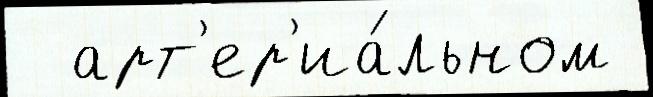
  арт'ер'иа́льном